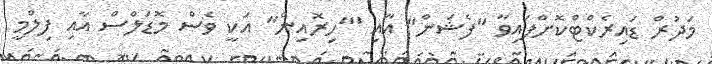
މަދުރް ޑައިރެކްޓްކޮށްފައިވާ "ފެޝަން" އާއި '"ހިރޮއިން" އަކީ ވެސް މޮޑަލްސް އާއި ފިލްމީ